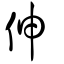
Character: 伸